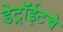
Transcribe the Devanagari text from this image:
डेट्रॉईटचे